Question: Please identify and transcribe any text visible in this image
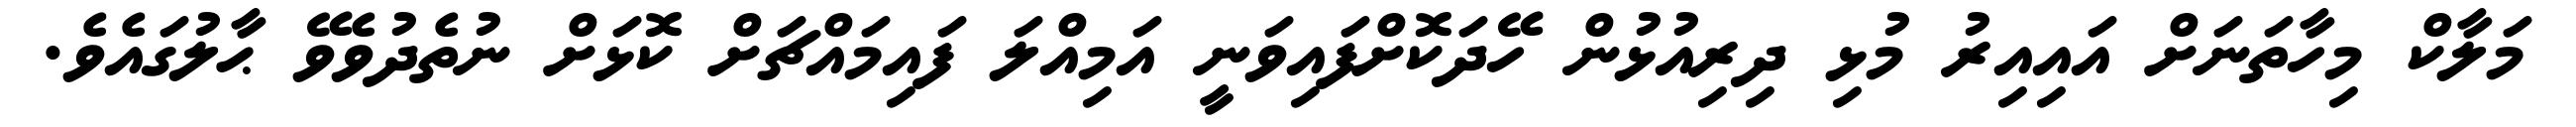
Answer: މަލާކް މިހާތަނަށް އައިއިރު މުޅި ދިރިއުޅުން ހޭދަކޮށްފައިވަނީ އަމިއްލަ ފައިމައްޗަށް ކޮޅަށް ނުތެދުވެވޭ ޙާލުގައެވެ.